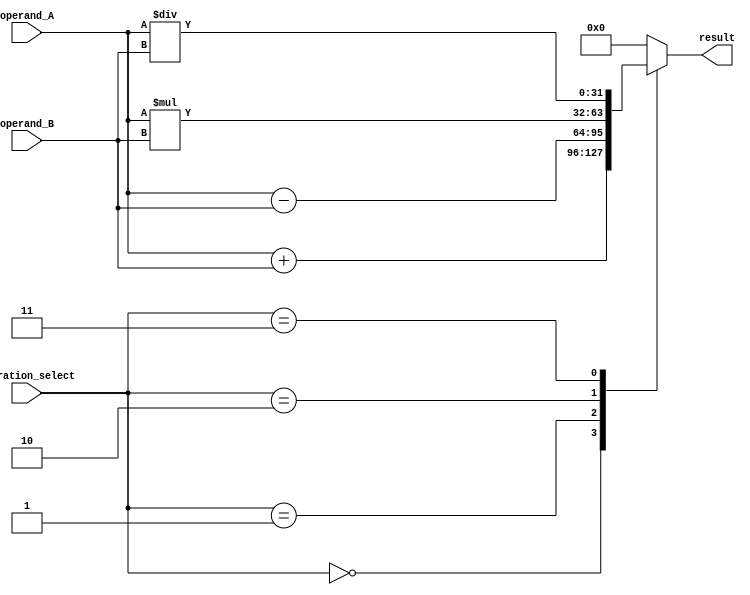
module ALU (
    input [31:0] operand_A,
    input [31:0] operand_B,
    input [2:0] operation_select,
    output reg [31:0] result
);

always @(*)
begin
    case(operation_select)
        3'b000: result = operand_A + operand_B; // Addition
        3'b001: result = operand_A - operand_B; // Subtraction
        3'b010: result = operand_A * operand_B; // Multiplication
        3'b011: result = operand_A / operand_B; // Division
        default: result = 0;
    endcase
end

endmodule